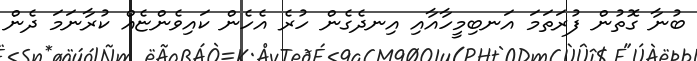
ބުނާ ގޮތުން ފުރަތަމަ އަނބިމީހާއާއި އިނދެގެން ހުރެ އެހެން ކައިވެންޏެއް ކުރާނަމަ ދެން